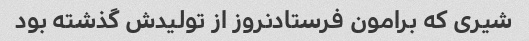
شیری که برامون فرستادنروز از تولیدش گذشته بود